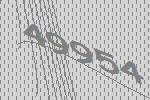
49954